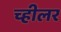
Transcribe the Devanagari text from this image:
च्हीलर